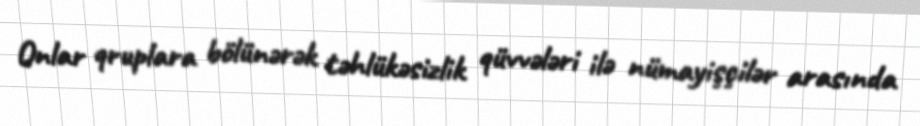
Onlar qruplara bölünərək təhlükəsizlik qüvvələri ilə nümayişçilər arasında